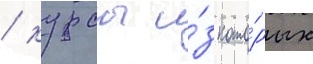
/ курсы и́з кото́рых